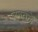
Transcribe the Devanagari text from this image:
रणतळे